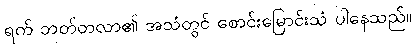
ရက် ဘတ်တလာ၏ အသံတွင် စောင်းမြောင်းသံ ပါနေသည်။